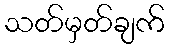
သတ်မှတ်ချက်